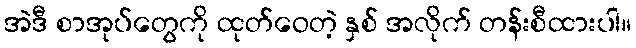
အဲဒီ စာအုပ်တွေကို ထုတ်ဝေတဲ့ နှစ် အလိုက် တန်းစီထားပါ။